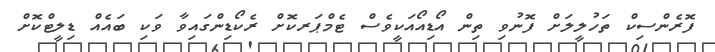
ފޮރެންސިކް ތަހުލީލަށް ފޮނުވި ތިން އޯޑިއޯއަކީވެސް ޓެމްޕަރކޮށް ރެކޯޑިންގައިވާ ވަކި ބައެއް ޑިލީޓްކޮށް